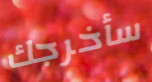
سأخرجك